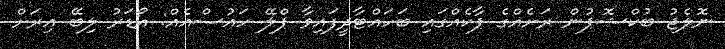
ނޮލެޖު ބުކްޝޮޕުން ރަށެއްގެ ޕާކެއްގައި ބަހައްޓާދީފައިވާ ޕްލޭ ހައުސްއެއް: އޯޑަރު ލިބޭ އިރަށް